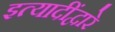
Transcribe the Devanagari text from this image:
इत्यादींद्वारे